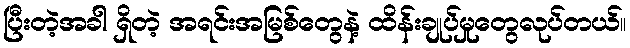
ပြီးတဲ့အခါ ရှိတဲ့ အရင်းအမြစ်တွေနဲ့ ထိန်းချုပ်မှုတွေလုပ်တယ်။